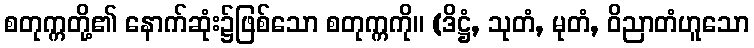
စတုက္ကတို့၏ နောက်ဆုံး၌ဖြစ်သော စတုက္ကကို။ (ဒိဋ္ဌံ, သုတံ, မုတံ, ဝိညာတံဟူသော